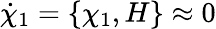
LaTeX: \dot{\chi}_{1}=\left\{ \chi_{1},H\right\} \approx 0